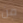
من